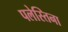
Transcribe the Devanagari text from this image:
पलेस्तिना